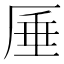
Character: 厜